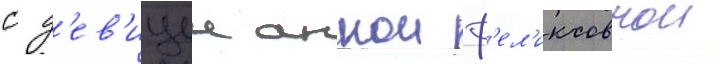
с д'ев'ицеи аннои ф'ел'иксовнои